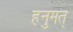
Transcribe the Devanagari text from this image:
हनुमत्